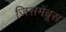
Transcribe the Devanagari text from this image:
जिसमेंब्रूस